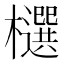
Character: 𣟙